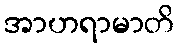
အာဟရာမာတိ